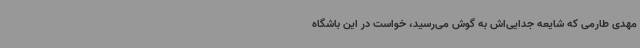
مهدی طارمی که شایعه جدایی‌اش به گوش می‌رسید، خواست در این باشگاه